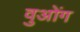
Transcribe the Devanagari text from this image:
वुओंग